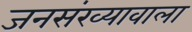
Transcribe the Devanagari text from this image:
जनसंख्यावाला